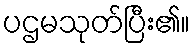
ပဌမသုတ်ပြီး၏။